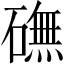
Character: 𥕻